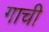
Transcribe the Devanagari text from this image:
गाची